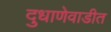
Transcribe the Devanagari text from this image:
दुधाणेवाडीत